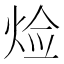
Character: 𤈷